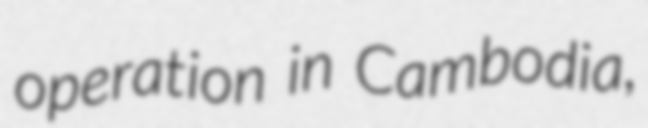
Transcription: operation in Cambodia,